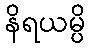
နိရယမ္ပိ